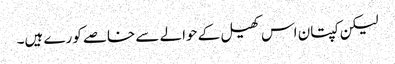
لیکن کپتان اس کھیل کے حوالے سے خاصے کورے ہیں۔